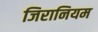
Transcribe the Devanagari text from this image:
जिरानियम